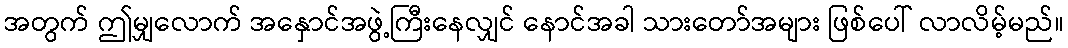
အတွက် ဤမျှလောက် အနှောင်အဖွဲ့ကြီးနေလျှင် နောင်အခါ သားတော်အများ ဖြစ်ပေါ် လာလိမ့်မည်။